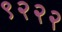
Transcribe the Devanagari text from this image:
९२२२